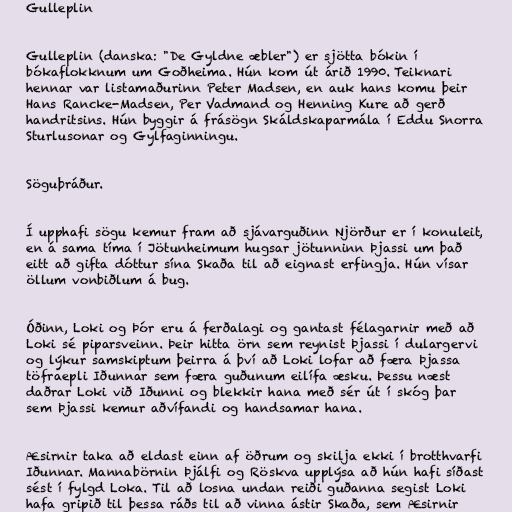
Gulleplin

Gulleplin (danska: "De Gyldne æbler") er sjötta bókin í
bókaflokknum um Goðheima. Hún kom út árið 1990. Teiknari
hennar var listamaðurinn Peter Madsen, en auk hans komu þeir
Hans Rancke-Madsen, Per Vadmand og Henning Kure að gerð
handritsins. Hún byggir á frásögn Skáldskaparmála í Eddu Snorra
Sturlusonar og Gylfaginningu.

Söguþráður.

Í upphafi sögu kemur fram að sjávarguðinn Njörður er í konuleit,
en á sama tíma í Jötunheimum hugsar jötunninn Þjassi um það
eitt að gifta dóttur sína Skaða til að eignast erfingja. Hún vísar
öllum vonbiðlum á bug.

Óðinn, Loki og Þór eru á ferðalagi og gantast félagarnir með að
Loki sé piparsveinn. Þeir hitta örn sem reynist Þjassi í dulargervi
og lýkur samskiptum þeirra á því að Loki lofar að færa Þjassa
töfraepli Iðunnar sem færa guðunum eilífa æsku. Þessu næst
daðrar Loki við Iðunni og blekkir hana með sér út í skóg þar
sem Þjassi kemur aðvífandi og handsamar hana.

Æsirnir taka að eldast einn af öðrum og skilja ekki í brotthvarfi
Iðunnar. Mannabörnin Þjálfi og Röskva upplýsa að hún hafi síðast
sést í fylgd Loka. Til að losna undan reiði guðanna segist Loki
hafa gripið til þessa ráðs til að vinna ástir Skaða, sem Æsirnir